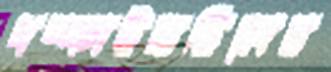
ধম্‌কাইয়াছিলেন